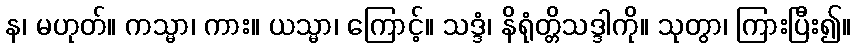
န၊ မဟုတ်။ ကသ္မာ၊ ကား။ ယသ္မာ၊ ကြောင့်။ သဒ္ဒံ၊ နိရုံတ္တိသဒ္ဒါကို။ သုတွာ၊ ကြားပြီး၍။